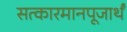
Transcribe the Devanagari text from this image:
सत्कारमानपूजार्थं